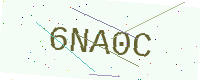
Text: 6NA0C